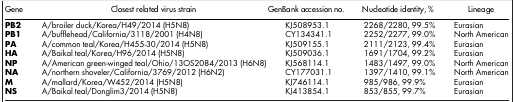
| Gene | Closest related virus strain | GenBank accession no. | Nucleotide identity, % | Lineage |
 | --- | --- | --- | --- | --- |
 | PB2 | A/broiler duck/Korea/H49/2014 (H5N8) | KJ508953.1 | 2268/2280, 99.5% | Eurasian |
 | PB1 | A/bufflehead/California/3118/2001 (H4N8) | CY134341.1 | 2252/2277, 99.0% | North American |
 | PA | A/common teal/Korea/H455-30/2014 (H5N8) | KJ509155.1 | 2111/2123, 99.4% | Eurasian |
 | HA | A/Baikal teal/Korea/H96/2014 (H5N8) | KJ509036.1 | 1691/1704, 99.2% | Eurasian |
 | NP | A/American green-winged teal/Ohio/13OS2084/2013 (H6N8) | KJ568114.1 | 1483/1497, 99.0% | North American |
 | NA | A/northern shoveler/California/3769/2012 (H6N2) | CY177031.1 | 1397/1410, 99.1% | North American |
 | M | A/mallard/Korea/W452/2014 (H5N8) | KJ746114.1 | 985/986, 99.9% | Eurasian |
 | NS | A/Baikal teal/Donglim3/2014 (H5N8) | KJ413854.1 | 853/855, 99.7% | Eurasian |